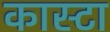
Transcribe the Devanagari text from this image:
कास्टा